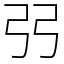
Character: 弜